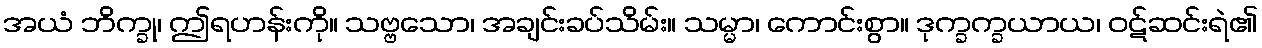
အယံ ဘိက္ခု၊ ဤရဟန်းကို။ သဗ္ဗသော၊ အချင်းခပ်သိမ်း။ သမ္မာ၊ ကောင်းစွာ။ ဒုက္ခက္ခယာယ၊ ဝဋ်ဆင်းရဲ၏